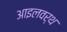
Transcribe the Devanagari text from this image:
आइलवर्थ